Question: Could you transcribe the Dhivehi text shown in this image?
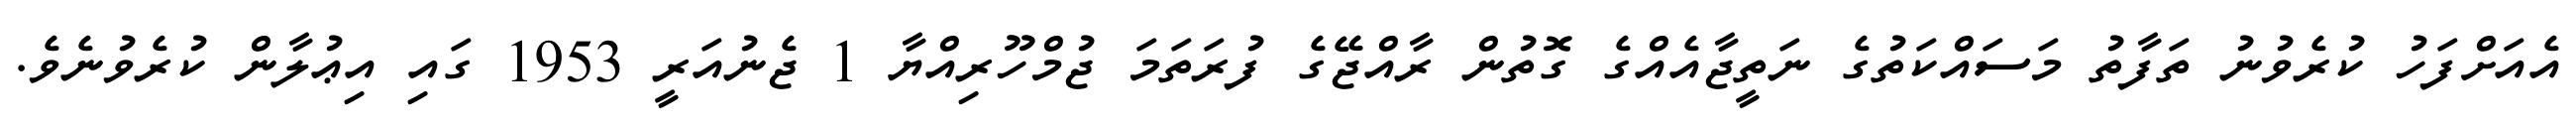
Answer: އެއަށްފަހު ކުރެވުނު ތަފާތު މަސައްކަތުގެ ނަތީޖާއެއްގެ ގޮތުން ރާއްޖޭގެ ފުރަތަމަ ޖުމްހޫރިއްޔާ 1 ޖެނުއަރީ 1953 ގައި އިޢުލާން ކުރެވުނެވެ.